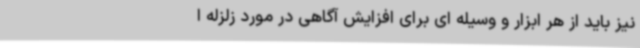
نیز باید از هر ابزار و وسیله ای برای افزایش آگاهی در مورد زلزله ا